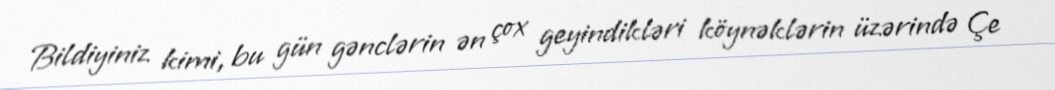
Bildiyiniz kimi, bu gün gənclərin ən çox geyindikləri köynəklərin üzərində Çe